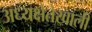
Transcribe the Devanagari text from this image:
अध्यक्षेतेखाली